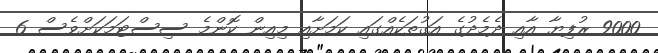
9000 ރުފިޔާ އާއި ދެމެދުގެ އަގުތަކެއްގައި ކަމަށާއި މިއިން ކޮންމެ ސިސްޓަމަކަށްވެސް 6